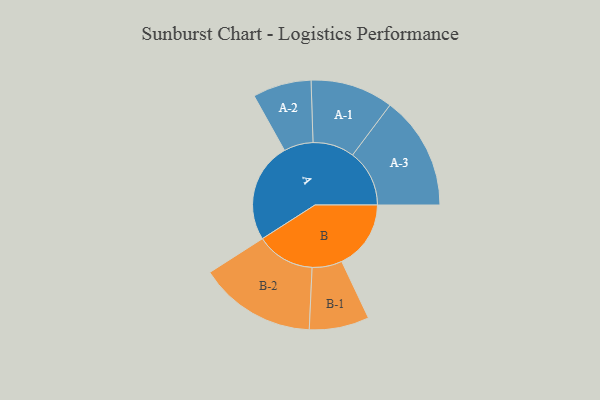
{"axis": {"x": "Segment", "y": "Value"}, "legend": ["", "A", "B"], "data": [{"x": "A", "y": 461, "type": ""}, {"x": "B", "y": 319, "type": ""}, {"x": "A-1", "y": 191, "type": "A"}, {"x": "A-2", "y": 135, "type": "A"}, {"x": "A-3", "y": 262, "type": "A"}, {"x": "B-1", "y": 138, "type": "B"}, {"x": "B-2", "y": 270, "type": "B"}]}